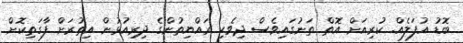
ބޮޑު އުފަލެއް. ކުރިއަށް އޮތް ތަނުގައިވެސް ދިވެހި ރައްޔިތުންގެ ދިރިއުޅުން އިތުރަށް ފާގަތިކޮށް